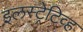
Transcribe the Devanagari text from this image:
इलस्ट्रेटिव्ह